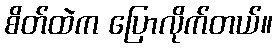
စိတ်ထဲက ပြောလိုက်တယ်။